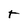
Character: t